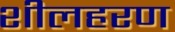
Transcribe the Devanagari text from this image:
शीलहरण